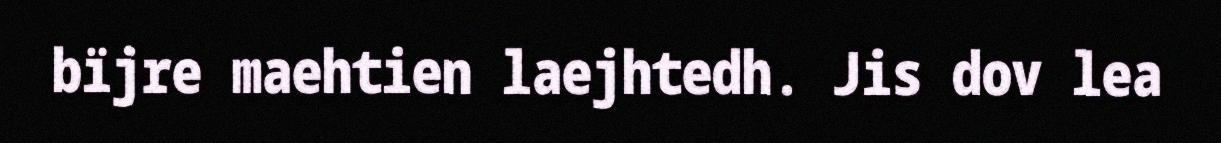
bïjre maehtien laejhtedh. Jis dov lea